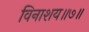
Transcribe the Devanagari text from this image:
विनाशय॥७॥